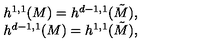
\begin{array} { c } { h ^ { 1 , 1 } ( M ) = h ^ { d - 1 , 1 } ( \tilde { M } ) , } \\ { h ^ { d - 1 , 1 } ( M ) = h ^ { 1 , 1 } ( \tilde { M } ) , } \\ \end{array}